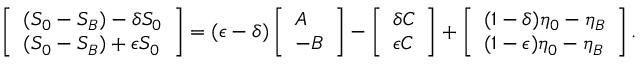
\left[ \begin{array} { l } { ( S _ { 0 } - S _ { B } ) - \delta S _ { 0 } } \\ { ( S _ { 0 } - S _ { B } ) + \epsilon S _ { 0 } } \end{array} \right] = ( \epsilon - \delta ) \left[ \begin{array} { l } { A } \\ { - B } \end{array} \right] - \left[ \begin{array} { l } { \delta C } \\ { \epsilon C } \end{array} \right] + \left[ \begin{array} { l } { ( 1 - \delta ) \eta _ { 0 } - \eta _ { B } } \\ { ( 1 - \epsilon ) \eta _ { 0 } - \eta _ { B } } \end{array} \right] .